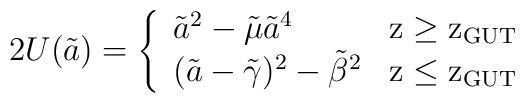
2U(\tilde a) = \left \{ \begin{array}{ll}{\tilde a}^2 - {\tilde \mu}{\tilde a}^4 \ \ \  &{\rm z\geq z_{GUT}} \\(\tilde a-{\tilde \gamma})^2 - {\tilde \beta}^2 & {\rm z \leq z_{GUT}}\end{array}\right.